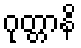
ဂုတ္တာနိ